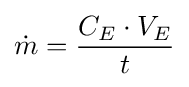
{\dot {m}}={\frac {C_{E}\cdot V_{E}}{t}}